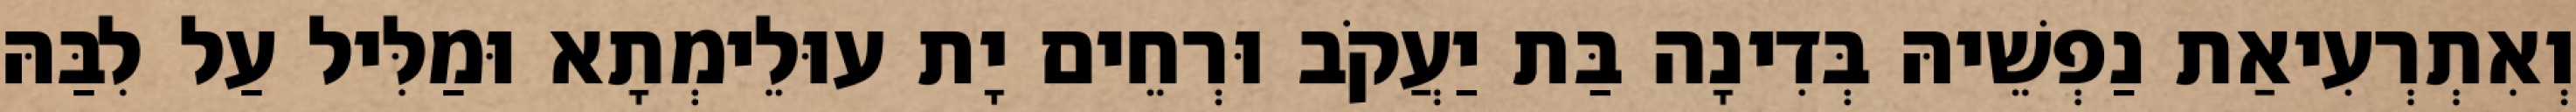
וְאִתְרְעִיאַת נַפְשֵׁיהּ בְּדִינָה בַּת יַעֲקֹב וּרְחֵים יָת עוּלֵימְתָא וּמַלִּיל עַל לִבַּהּ